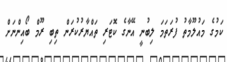
ކަމުގެ މައުލޫމާތު ފުރަތަމަ ލިބުނީ އޭނާގެ ކޮޓަރި ތައްޔާރުކުރަން ތިބި ރޫމް ބޯއިންނަށް